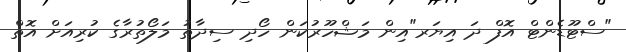
"ސްޓޫޑެންޓް އޮފް ދަ އިޔަރ"އިން މަޝްހޫރުކަން ހޯދި ސިދާތު މަލޯތުރާގެ ކުރިއަށް އޮތް